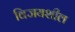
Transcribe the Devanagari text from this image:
विजयशील